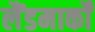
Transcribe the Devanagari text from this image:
लैंडमार्कों